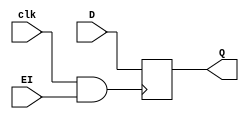
`timescale 1ns/1ps
module register4(input clk, input [3:0] D, input EI, output reg [3:0] Q);
wire CLK;
assign CLK=(clk & EI);
always @(posedge CLK)
begin
    Q <= D;
end
endmodule